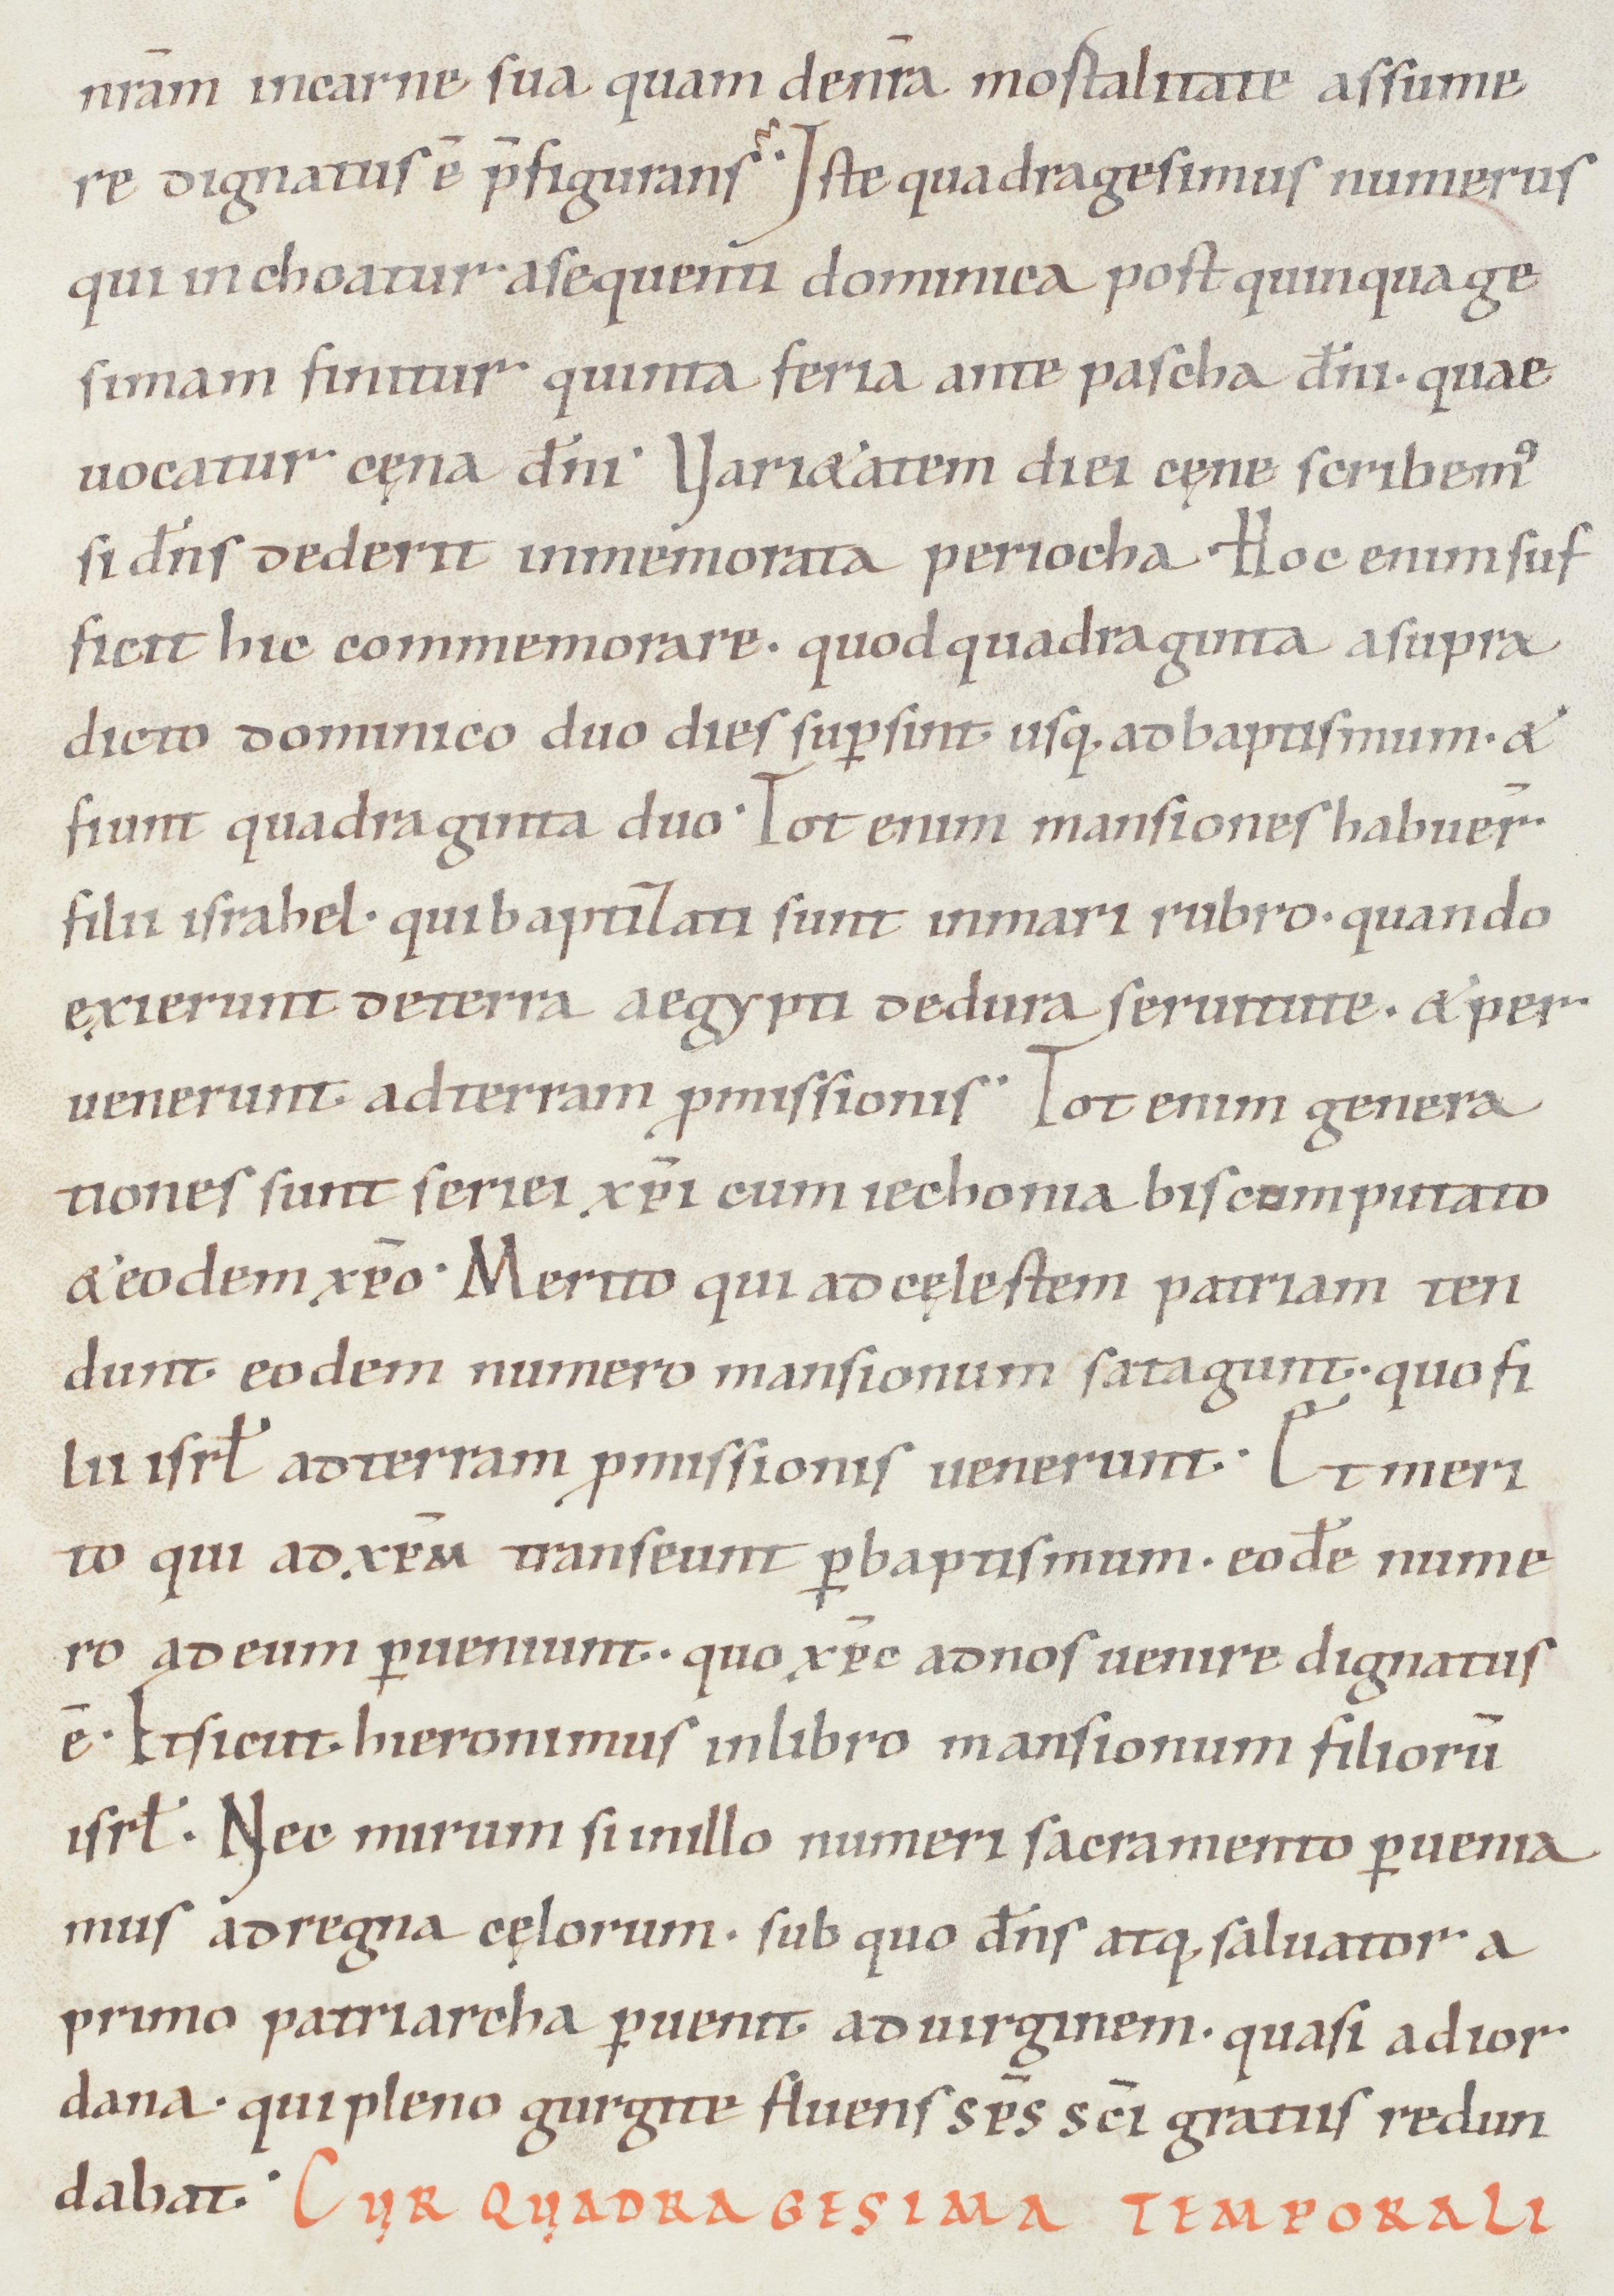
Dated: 1050–1099